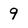
Character: 9